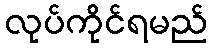
လုပ်ကိုင်ရမည်